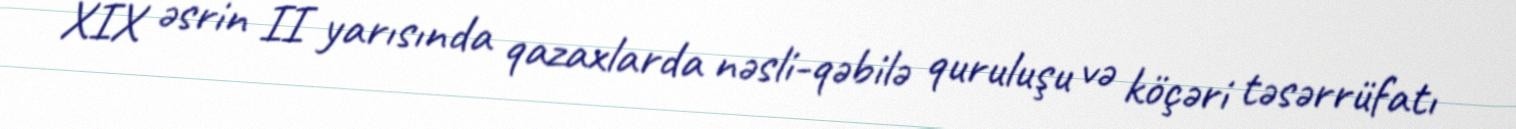
XIX əsrin II yarısında qazaxlarda nəsli-qəbilə quruluşu və köçəri təsərrüfatı